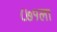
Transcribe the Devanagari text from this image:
८७१ला